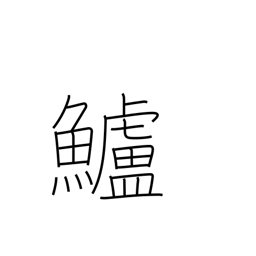
Meaning: sea bass